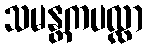
သမန္တကပလ္လာ